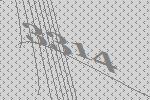
3314